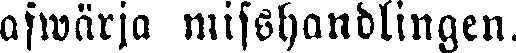
afwärja misshandlingen.